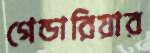
গেন্ডারিয়ার